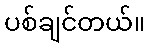
ပစ်ချင်တယ်။